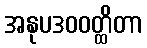
အနုပဒဝဝတ္ထိတာ